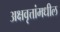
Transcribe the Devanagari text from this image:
अक्षवृत्तांमधील